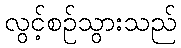
လွင့်စဉ်သွားသည်